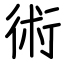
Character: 術